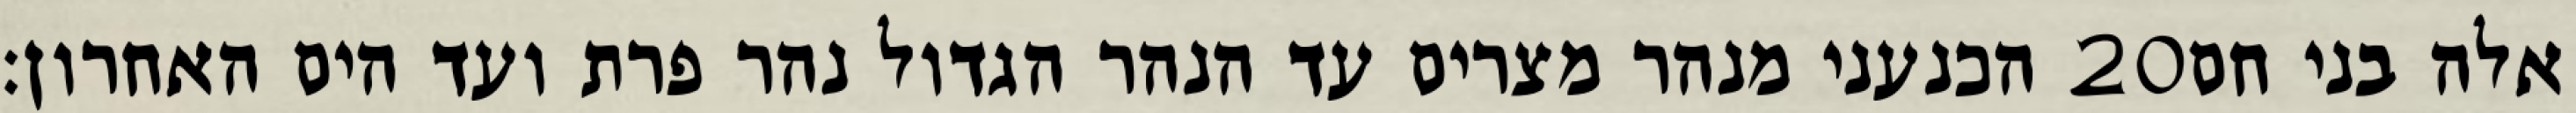
הכנעני מנהר מצרים עד הנהר הגדול נהר פרת ועד הים האחרון׃ ‎20‏ אלה בני חם